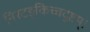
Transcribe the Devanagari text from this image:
निरटङ्किच्चदुष्टम्।